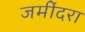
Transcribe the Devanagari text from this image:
जमींदरा